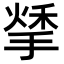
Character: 𢱀